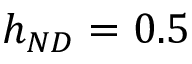
h _ { N D } = 0 . 5